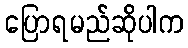
ပြောရမည်ဆိုပါက